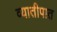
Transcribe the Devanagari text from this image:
व्यातीपात